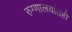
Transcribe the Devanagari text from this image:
रुग्णालयांतही